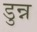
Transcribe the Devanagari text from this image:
डुन्न